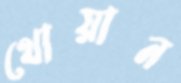
থোয়ান